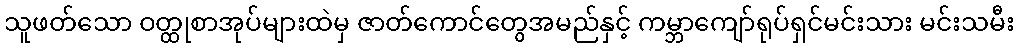
သူဖတ်သော ဝတ္ထုစာအုပ်များထဲမှ ဇာတ်ကောင်တွေအမည်နှင့် ကမ္ဘာကျော်ရုပ်ရှင်မင်းသား မင်းသမီး